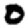
Digit: 0